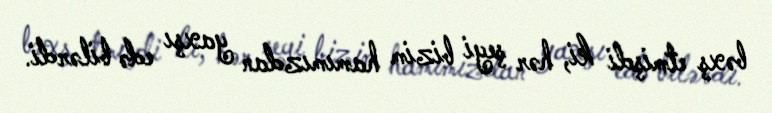
bəxş etmişdi ki, hər şeyi bizim hamımızdan yaxşı edə bilərdi.